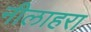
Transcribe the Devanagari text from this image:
नीलाहरा